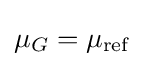
\mu _{G}=\mu _{\text{ref}}